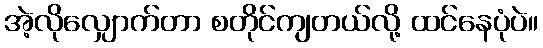
အဲ့လိုလျှောက်တာ စတိုင်ကျတယ်လို့ ထင်နေပုံပဲ။